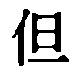
但